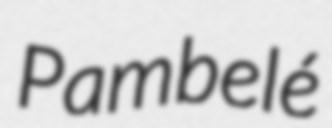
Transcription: Pambelé